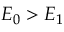
E _ { 0 } > E _ { 1 }